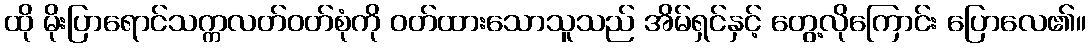
ထို မိုးပြာရောင်သက္ကလတ်ဝတ်စုံကို ဝတ်ထားသောသူသည် အိမ်ရှင်နှင့် တွေ့လိုကြောင်း ပြောလေ၏။